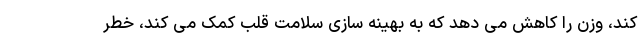
کند، وزن را کاهش می دهد که به بهینه سازی سلامت قلب کمک می کند، خطر